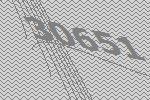
30651